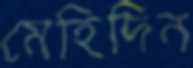
মেহিদিন